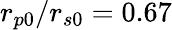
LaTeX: r_{p0}/r_{s0}=0.67